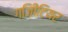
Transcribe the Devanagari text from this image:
गज़िीटियर